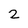
Character: 2